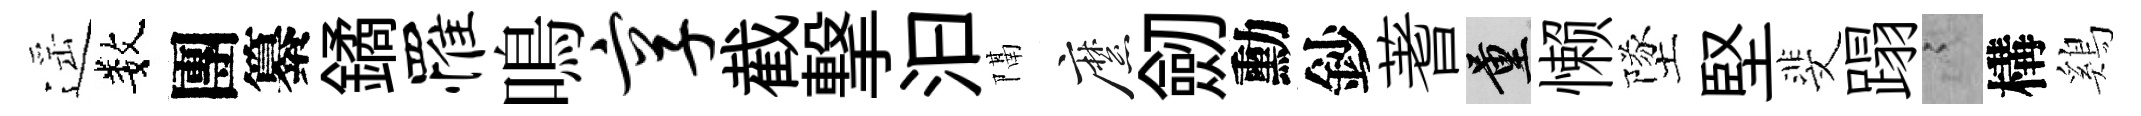
遥数團纂鐍罹鳴享截撃汩隔縻劒勳鈔蓍量懒墜堅斐蹋謭構鷄